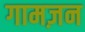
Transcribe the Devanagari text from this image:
गामज़न